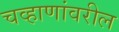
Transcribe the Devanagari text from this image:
चव्हाणांवरील